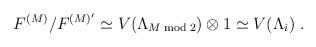
LaTeX: \begin{align*}F^{(M)}/ F^{(M)'} \simeq V(\Lambda_{M \bmod 2})\otimes 1 \simeq V(\Lambda_i)\; . \end{align*}